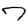
Digit: 7